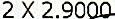
2 X 2.9000